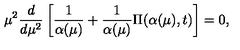
\mu ^ { 2 } \frac { d } { d \mu ^ { 2 } } \left[ \frac { 1 } { \alpha ( \mu ) } + \frac { 1 } { \alpha ( \mu ) } \Pi ( \alpha ( \mu ) , t ) \right] = 0 ,